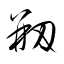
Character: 剏